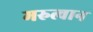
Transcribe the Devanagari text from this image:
मरुत्वान